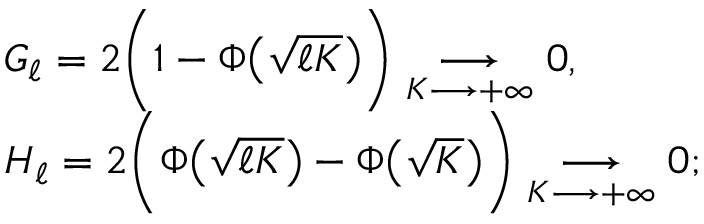
\begin{array} { r l } & { G _ { \ell } = 2 \bigg ( 1 - \Phi \big ( \sqrt { \ell K } \big ) \bigg ) \underset { K \longrightarrow + \infty } { \longrightarrow } 0 , } \\ & { H _ { \ell } = 2 \bigg ( \Phi \big ( \sqrt { \ell K } \big ) - \Phi \big ( \sqrt { K } \big ) \bigg ) \underset { K \longrightarrow + \infty } { \longrightarrow } 0 ; } \end{array}